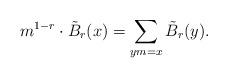
LaTeX: \begin{align*}m^{1-r}\cdot \tilde{B}_r(x) = \sum_{ym = x}\tilde{B}_r(y).\end{align*}